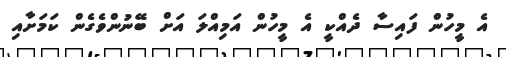
އެ މީހުން ފައިސާ ދެއްކީ އެ މީހުން އަމިއްލަ އަށް ބޭނުންވެގެން ކަމަށާއި